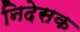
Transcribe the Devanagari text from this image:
निदेसक